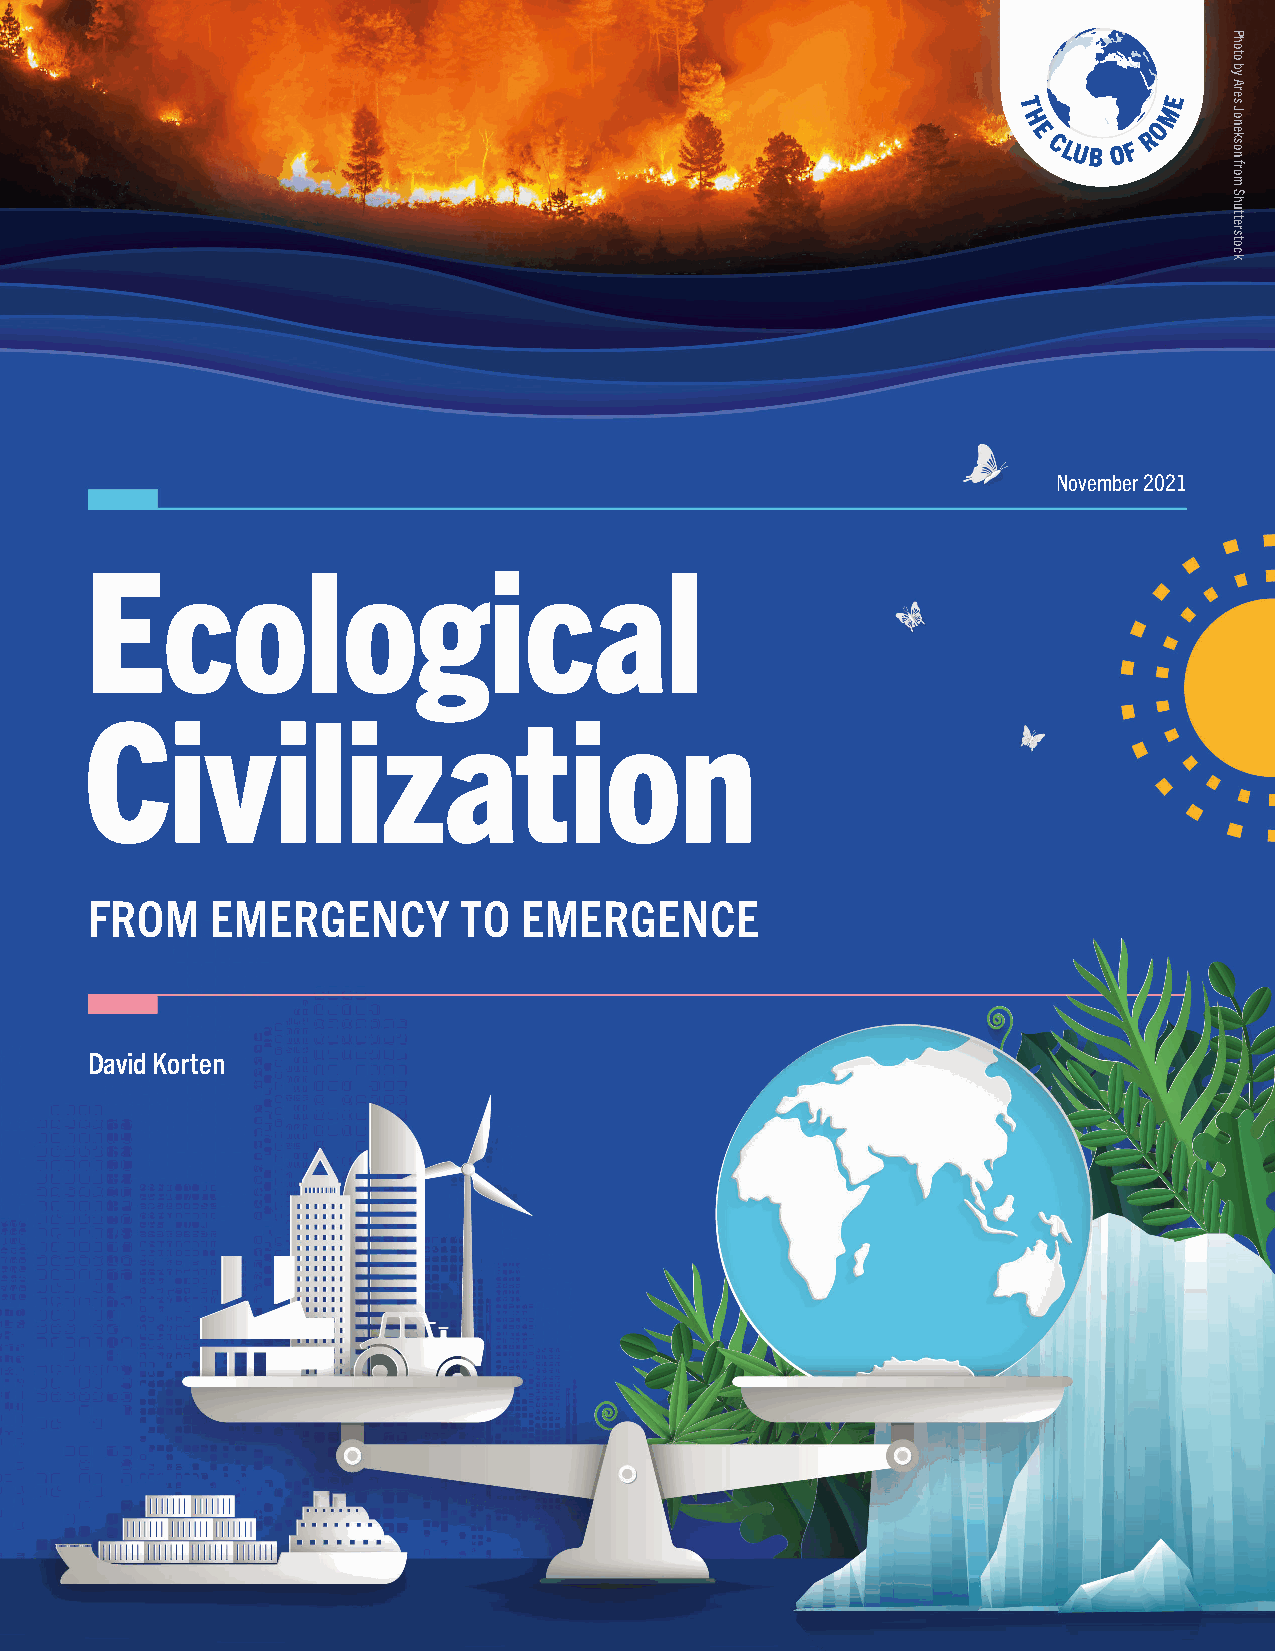
E
 T         M
 H        O
 E       R
 CLUB O F
 November 2021
 Ecological
 Civilization
 FROM    EMERGENCY       TO   EMERGENCE
 David Korten
 Photo
 by
 Ares
 Jonekson
 from
 Shutterstock